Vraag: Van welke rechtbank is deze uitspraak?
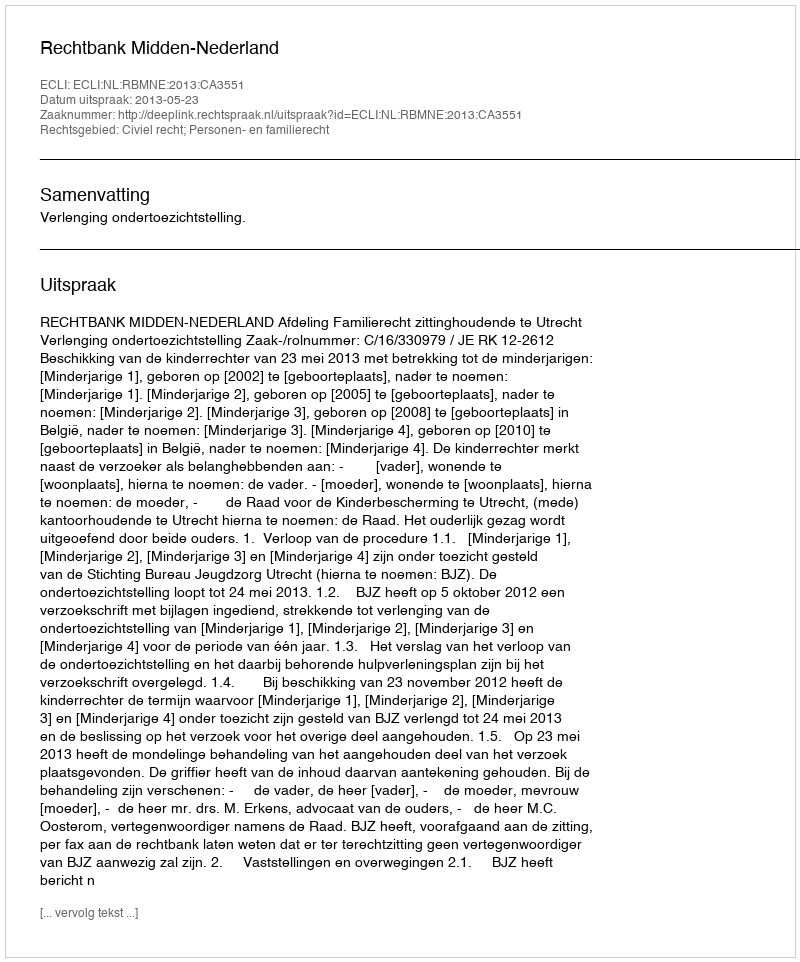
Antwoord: Rechtbank Midden-Nederland